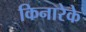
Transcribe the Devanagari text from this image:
किनारेके